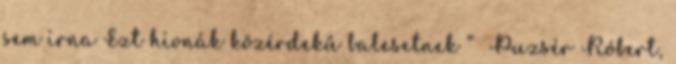
sem írna Ezt hívnák közérdekű balesetnek ” Puzsér Róbert,